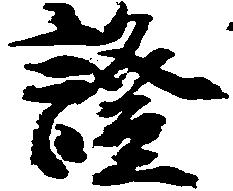
証